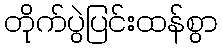
တိုက်ပွဲပြင်းထန်စွာ